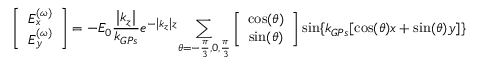
\left[ \begin{array} { c c } { E _ { x } ^ { ( \omega ) } } \\ { E _ { y } ^ { ( \omega ) } } \end{array} \right] = - E _ { 0 } \frac { \left| { k _ { z } } \right| } { k _ { G P s } } e ^ { - \left| { k _ { z } } \right| z } { \sum _ { \theta = - \frac { \pi } { 3 } , 0 , \frac { \pi } { 3 } } } \left[ \begin{array} { c c } { \cos ( \theta ) } \\ { \sin ( \theta ) } \end{array} \right] \sin \{ k _ { G P s } [ \cos ( \theta ) x + \sin ( \theta ) y ] \}